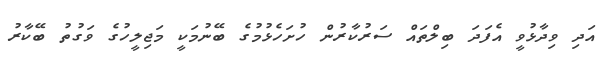
އަދި ވިދާޅުވީ އެފަދަ ބިލްތައް ސަރުކާރުން ހުށަހެޅުމުގެ ބޭނުމަކީ މަޖިލީހުގެ ވަގުތު ބޭކާރު